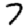
Digit: 7